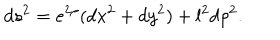
LaTeX: d s ^ { 2 } = e ^ { 2 \rho } ( d x ^ { 2 } + d y ^ { 2 } ) + l ^ { 2 } d \rho ^ { 2 } .